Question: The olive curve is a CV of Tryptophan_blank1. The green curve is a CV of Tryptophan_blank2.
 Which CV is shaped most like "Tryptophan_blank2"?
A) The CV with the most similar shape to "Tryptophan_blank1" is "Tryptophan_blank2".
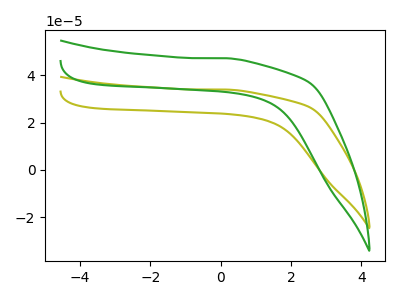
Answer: <think>The olive curve "Tryptophan_blank1" has no peaks. The green curve "Tryptophan_blank2" has no peaks.
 Neither "Tryptophan_blank1" or "Tryptophan_blank2" have any peaks.</think>
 <answer>A) The CV with the most similar shape to "Tryptophan_blank1" is "Tryptophan_blank2".</answer>
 <eval>A</eval>